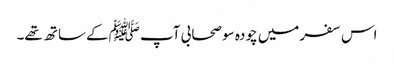
اس سفرمیں چودہ سو صحابی آپ ﷺکے ساتھ تھے۔